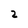
Character: 2